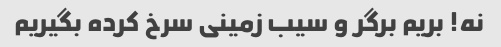
نه! بریم برگر و سیب زمینی سرخ کرده بگیریم